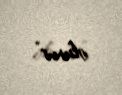
olunur”.